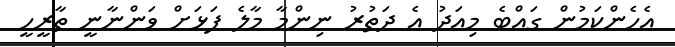
އެހެންކަމުން ގައްބެ މިއަދު އެ ދަތުރު ނިންމާ މާލެ ފަޅަށް ވަންނާނީ ތާރީހީ